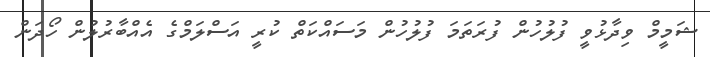
ޝަމީމް ވިދާޅުވީ ފުލުހުން ފުރަތަމަ ފުލުހުން މަސައްކަތް ކުރީ އަސްލަމްގެ އެއްބާރުލުން ހޯދަން